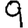
Digit: 9